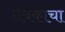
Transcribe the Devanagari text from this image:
सेवकाचा